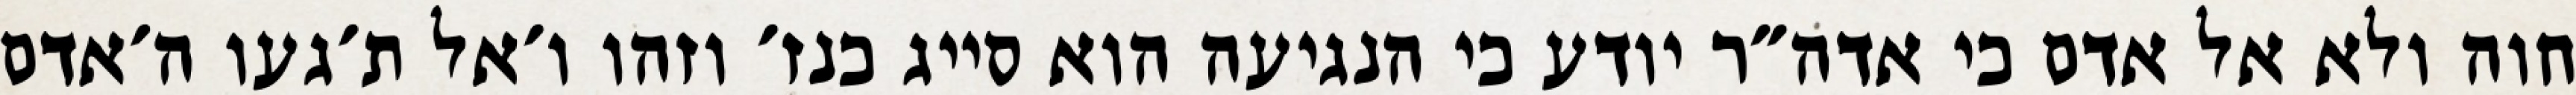
חוה ולא אל אדם כי אדה״ר יודע כי הנגיעה הוא סייג כנז׳ וזהו ו׳אל ת׳געו ה׳אדם